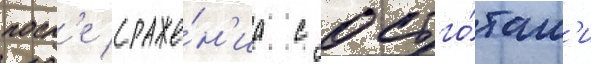
посл'е сраже́н'иа с остго́там'и